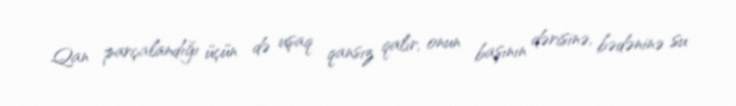
Qan parçalandığı üçün də uşaq qansız qalır, onun başının dərisinə, bədəninə su